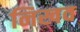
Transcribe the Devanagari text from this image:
निखव